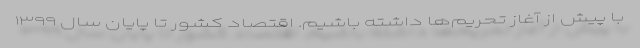
با پیش از آغاز تحریم‌ها داشته باشیم. اقتصاد كشور تا پايان سال ١٣٩٩